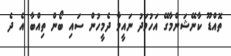
ތޮއްޑޫ ކާނޭޝަންމާގޭ އަހުމަދު ނައީމާ ދެމީހުން ސައި ބޯން ތިއްބާ އެ ދެ